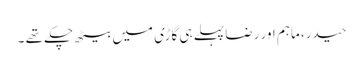
حیدر، ماہم اور رضا پہلے ہی گاڑی میں بیٹھ چکے تھے ۔